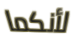
لأنكما